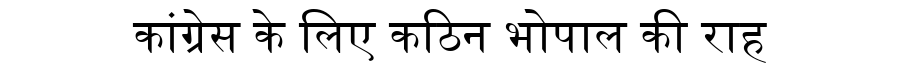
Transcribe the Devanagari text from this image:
कांग्रेस के लिए कठिन भोपाल की राह